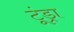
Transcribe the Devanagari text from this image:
टूंड्रा